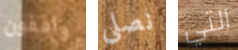
واقفون نصلي التي